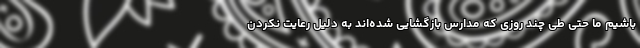
باشیم ما حتی طی چند روزی که مدارس بازگشایی شده‌اند به دلیل رعایت نکردن